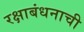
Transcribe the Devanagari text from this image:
रक्षाबंधनाची